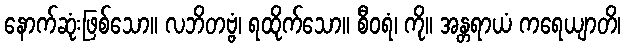
နောက်ဆုံးဖြစ်သော။ လဘိတဗ္ဗံ၊ ရထိုက်သော။ စီဝရံ၊ ကို။ အန္တရာယံ ကရေယျာတိ၊